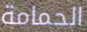
الحمامة